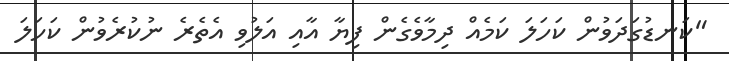
"ކަނޑުގަދަވުން ކަހަލަ ކަމެއް ދިމާވެގެން ފިޔާ އާއި އަލުވި އެތެރެ ނުކުރެވުން ކަހަލަ